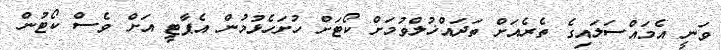
ވަނީ އެމައްސަލައިގެ ތެރެއަށް ތަދައްޚުލްވުމަށް ކޯޓަށް ހުށަހެޅުމުން އެޕާޓީ އަށް ވެސް ކޯޓުން